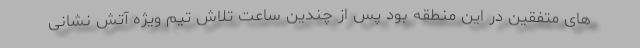
های متفقین در این منطقه بود پس از چندین ساعت تلاش تیم ویژه آتش نشانی